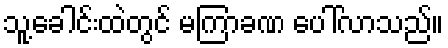
သူ့ခေါင်းထဲတွင် မကြာခဏ ပေါ်လာသည်။